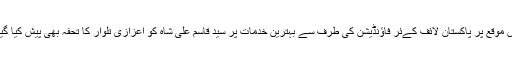
اس موقع پر پاکستان لائف کےئر فاؤنڈیشن کی طرف سے بہترین خدمات پر سید قاسم علی شاہ کو اعزازی تلوار کا تحفہ بھی پیش کیا گیا ۔